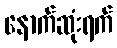
နောက်ဆုံးရက်